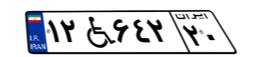
۱۲W۶۴۲۲۰